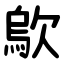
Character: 歍